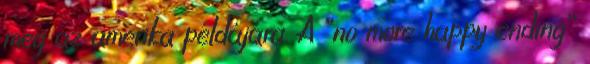
meg az amerika példájára. A “no more happy ending”